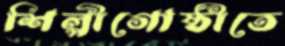
শিল্পীগোষ্ঠীতে